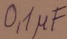
Text: 0,1µF